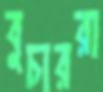
বুচাররা